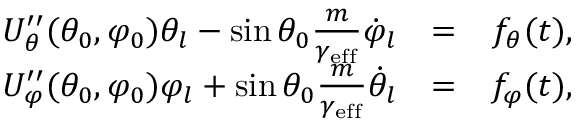
\begin{array} { r l r } { U _ { \theta } ^ { \prime \prime } ( \theta _ { 0 } , \varphi _ { 0 } ) \theta _ { l } - \sin \theta _ { 0 } \frac { m } { \gamma _ { \mathrm { e f f } } } \dot { \varphi } _ { l } } & { = } & { f _ { \theta } ( t ) , } \\ { U _ { \varphi } ^ { \prime \prime } ( \theta _ { 0 } , \varphi _ { 0 } ) \varphi _ { l } + \sin \theta _ { 0 } \frac { m } { \gamma _ { \mathrm { e f f } } } \dot { \theta } _ { l } } & { = } & { f _ { \varphi } ( t ) , } \end{array}